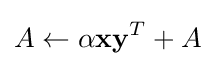
A\leftarrow \alpha \mathbf {x} \mathbf {y} ^{T}+A\!